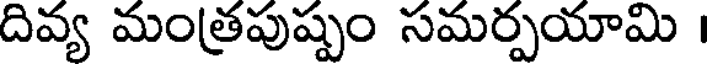
దివ్య మంత్రపుష్పం సమర్పయామి ।